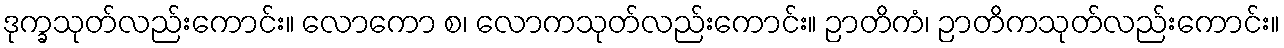
ဒုက္ခသုတ်လည်းကောင်း။ လောကော စ၊ လောကသုတ်လည်းကောင်း။ ဉာတိကံ၊ ဉာတိကသုတ်လည်းကောင်း။